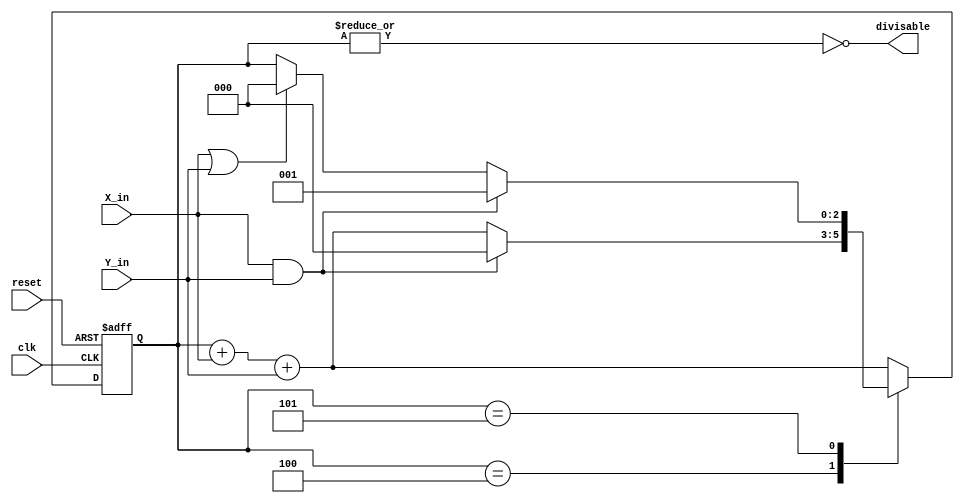
module divisable_by_six (reset, clk, X_in, Y_in, divisable);
     input reset, clk, X_in, Y_in;
     output divisable;

     reg [2:0] state, next;

     always @(posedge clk or posedge reset) begin
          if (reset) begin
               state <= 3'b000;
          end
          else begin
               state <= next;
          end
     end

     // Combinational always block, so we'll use
     // blocking statements here
     always @(*) begin
          next = 3'bx;
          case (state)
               3'b100:
               begin
                    if (X_in & Y_in) next = 3'b000;
                    else next = state + X_in + Y_in;
               end
               3'b101:
               begin
                    if (X_in & Y_in) next = 3'b001;
                    else if (X_in | Y_in) next = 3'b000;
                    else next = state;
               end
               // Heavy use of default case, because 
               // with it we can take full advantage
               // of the symmetry of our FSM's design
               default: next = state + X_in + Y_in;
          endcase
     end

     assign divisable = ~|state;

endmodule